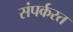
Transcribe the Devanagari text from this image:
संपर्करत